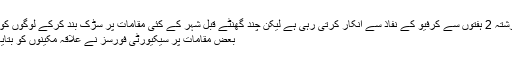
ریاستی حکومت گزشتہ 2 ہفتوں سے کرفیو کے نفاذ سے انکار کرتی رہی ہے لیکن چند گھنٹے قبل شہر کے کئی مقامات پر سڑک بند کرکے لوگوں کو واپس بھیج دیا گیا’
بعض مقامات پر سیکیورٹی فورسز نے علاقہ مکینوں کو بتایا کہ کرفیو نافذ ہے۔